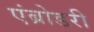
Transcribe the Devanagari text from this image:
एंब्रोडरी